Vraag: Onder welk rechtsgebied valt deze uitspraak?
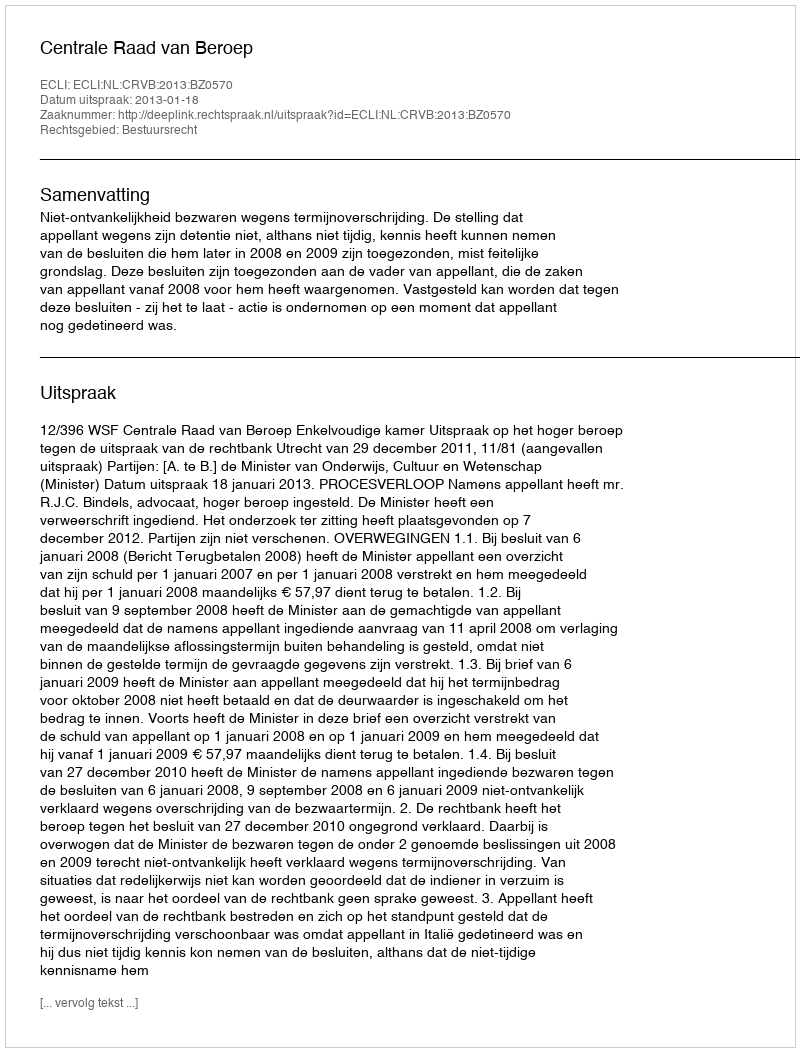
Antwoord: Bestuursrecht